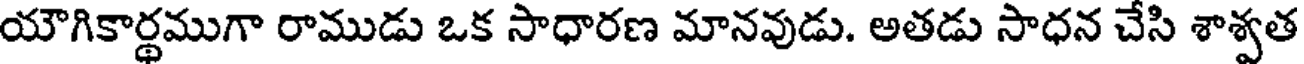
యౌగికార్థముగా రాముడు ఒక సాధారణ మానవుడు. అతడు సాధన చేసి శాశ్వత